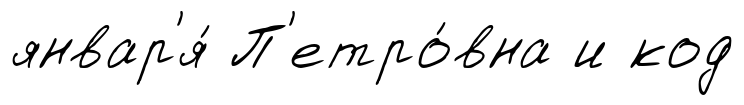
январ'я́ П'етро́вна и код